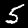
Label: 5